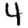
Digit: 4